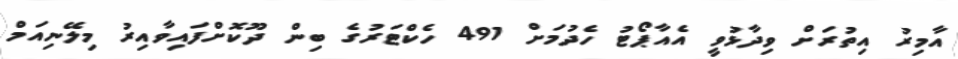
އާމިރު އިތުރަށް ވިދާޅުވީ އެއާޕޯޓު ހެދުމަށް 491 ހެކްޓަރުގެ ބިން ދޫކޮށްފައިވާއިރު މިލޭނިއަމް